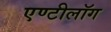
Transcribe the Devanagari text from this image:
एण्टीलॉग